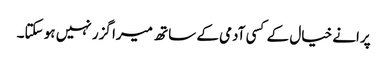
پرانے خیال کے کسی آدمی کے ساتھ میرا گزر نہیں ہو سکتا۔